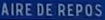
AIRE DE REPOS